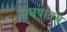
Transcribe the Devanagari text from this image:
संघर्षातच